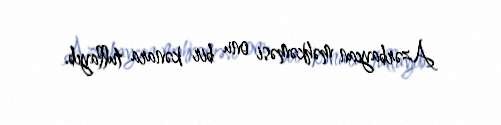
Azərbaycan məhkəməsi onu bir kənara tullayıb.